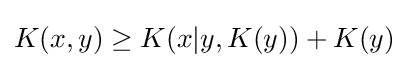
K(x,y)\geq K(x|y,K(y))+K(y)